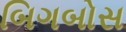
બિગબોસ